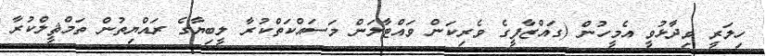
ހިލަރީ ވިދާޅުވީ އެމީހުން (ގައްޒާފީގެ ވެރިކަން ވައްޓާލަން މަސައްކަތްކުރާ ލީބިޔާގެ ރައްޔިތުން ތަމްޘީލްކުރާ